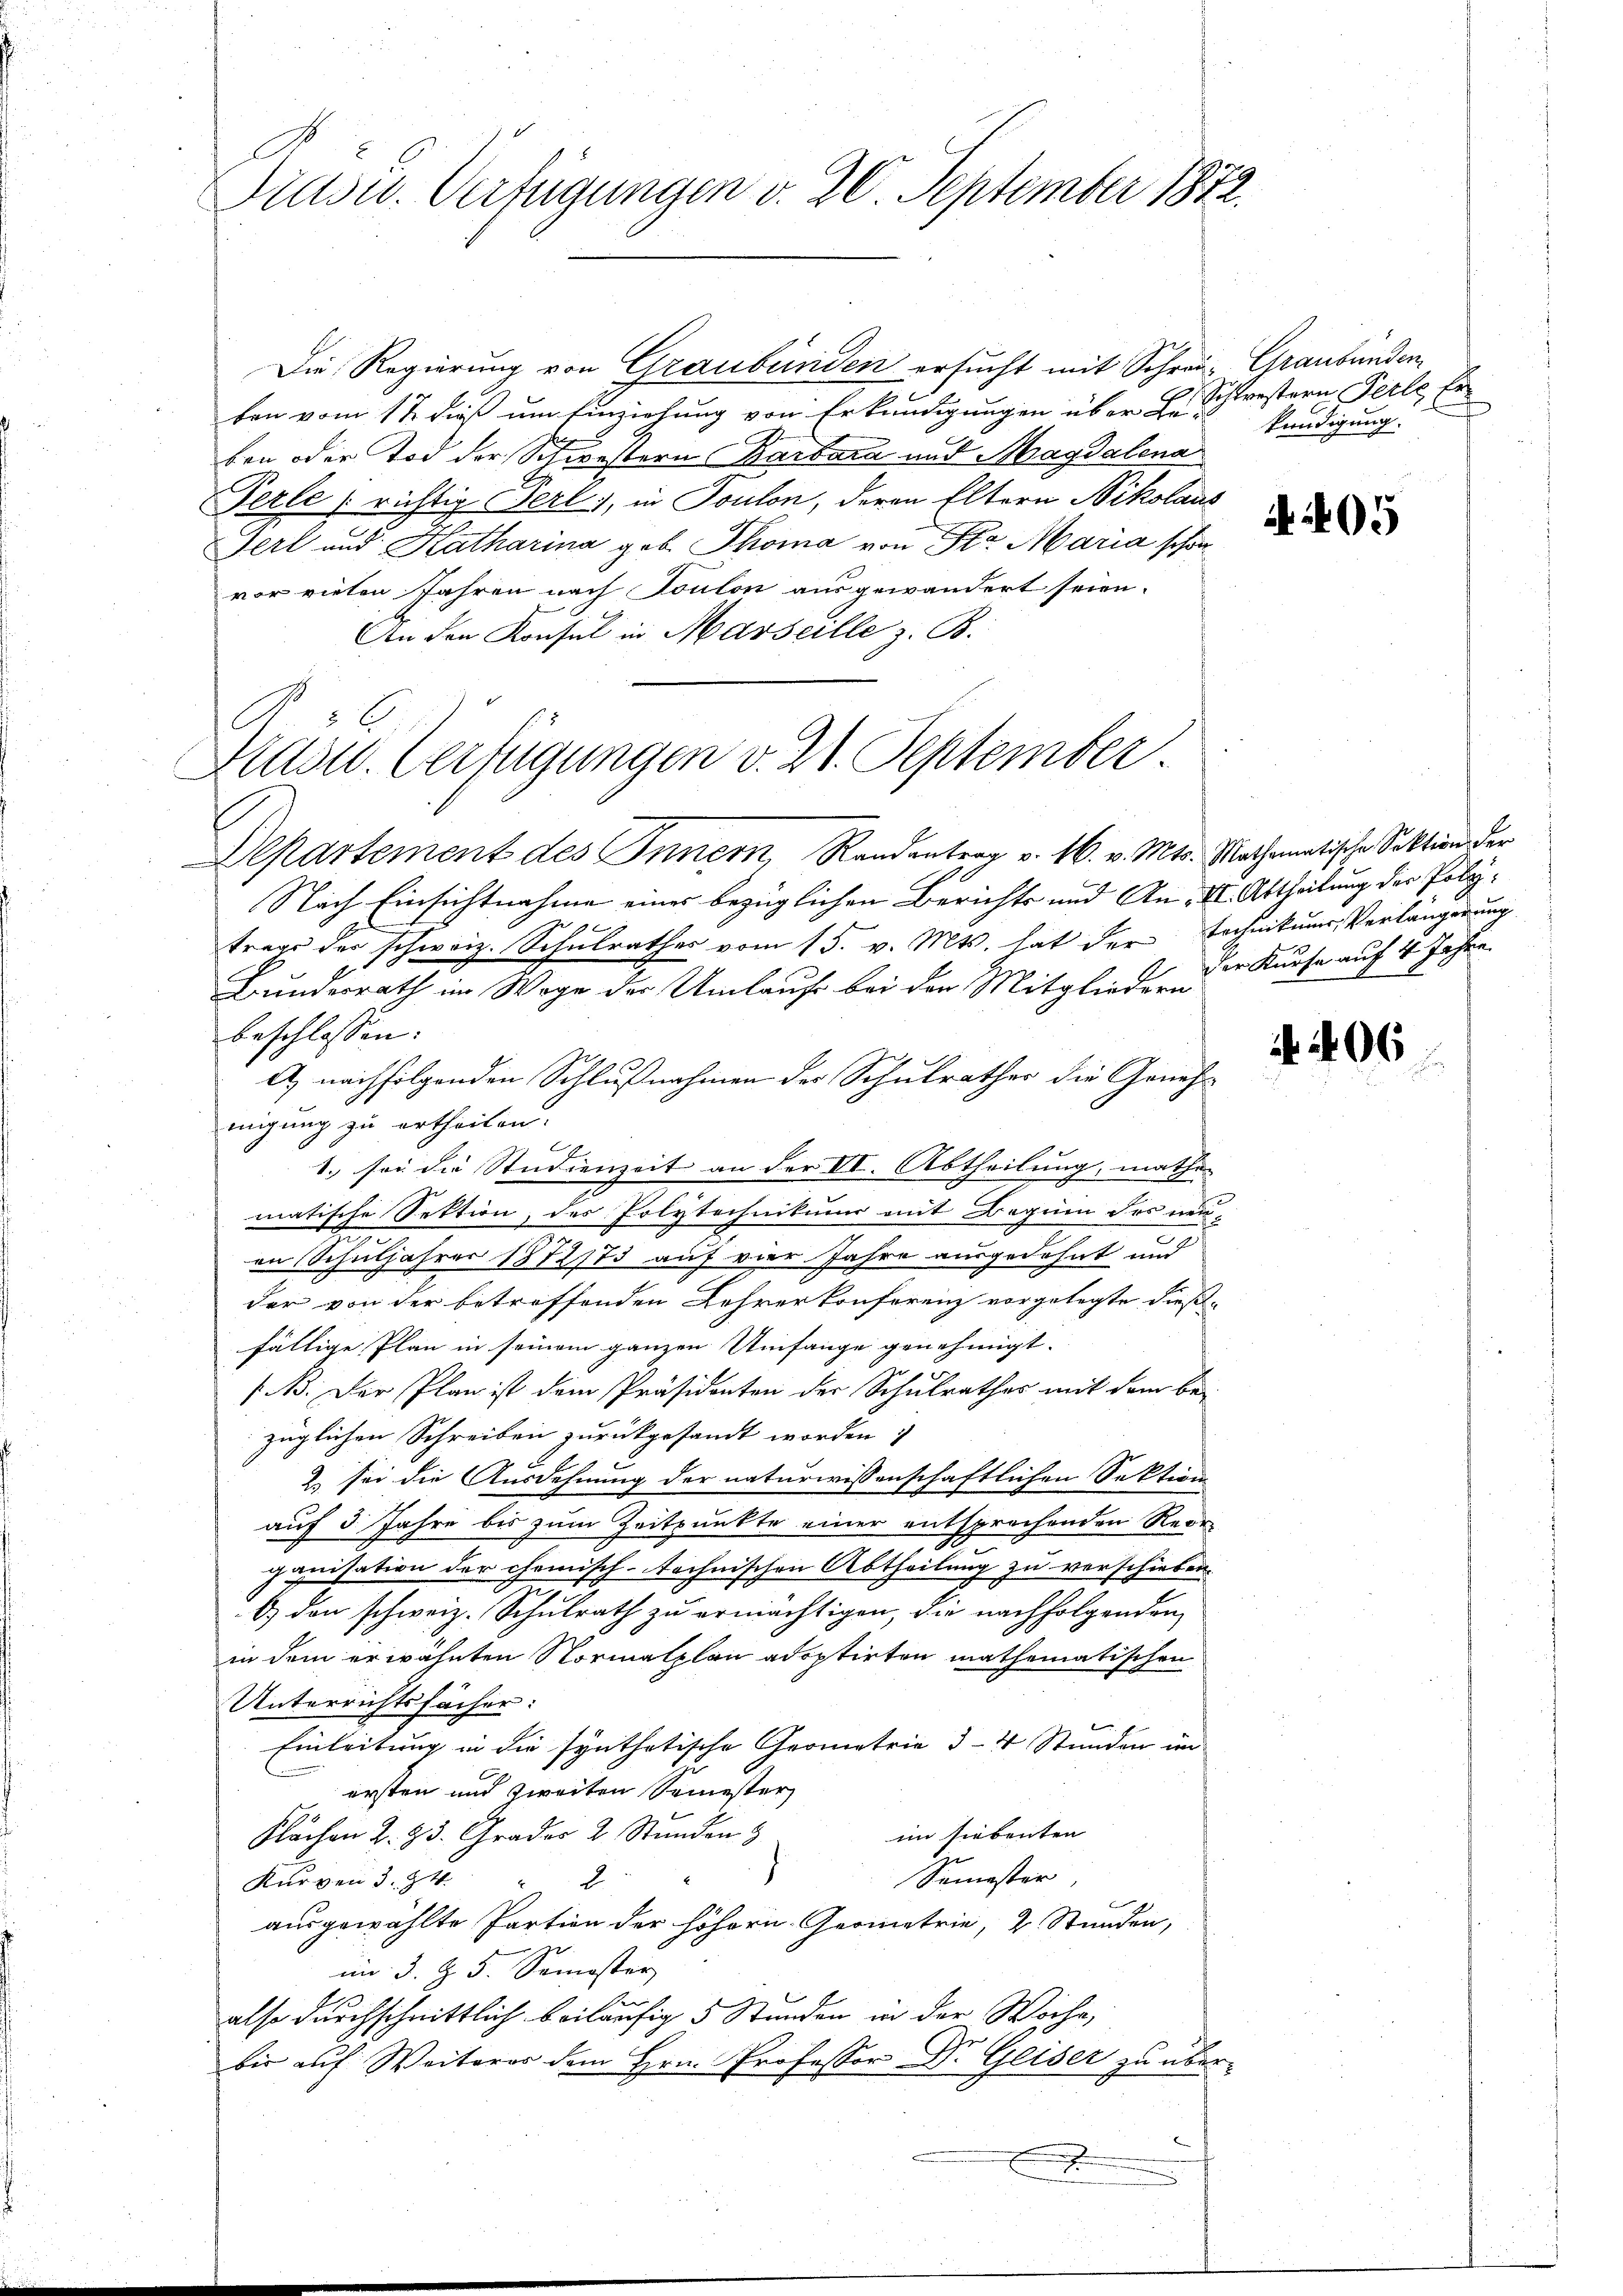
Diasu. Verfügungen v. 20. September 1872.

Die Regierung von Graubünden ersucht mit Schrei- Graubünden,
ben vom 12. dieß um Einziehung von Erkundigungen über Beu
ben oder Tod der Schwestern Barbara und Magdalena
Perle richtig Perl, in Toulon, deren Eltern Nikolaus
Gerl und Katharina geb. Thoma von Sr. Maria schon
vor vielen Jahren nach Toulon ausgewandert seien.
An den Konsul in Marseille z. B.
Departement des Inner, Randantrag v. 16. v. Mts. Mathematische Sektion der
Nach Einsichtnahme eines bezüglichen Berichts und An- II. Abtheilung der Poly¬
Koc
trage des schweiz. Schulrathes vom 15. v. Mts. hat der Tochnikums, Verlängerung
Bundesrath im Wage der Umlaufe bei den Mitglieder a v Kurse auf 4 Jahre
beschlossen:
A) nachfolgenden Schlußnahmen der Schulrathes die Genehmigung zu ertheilen.
1. sei die Studienzeit an der VI. Abtheilung, mathen
matische Sektion, des Polytechnikums mit Beguin des neu-
B
in Schuljahres 1872/73 auf vier Jahre ausgedehnt und
der von der betreffenden Lehrer konferenz vorgelegte dießfällige Plan in seinem ganzen Umfange genehmigt.
/B. Der Plan ist dem Präsidenten der Schulrathes mit dem be-
züglichen Schreiben zurückgesandt worden
2. sei die Ausdehnung der naturwissenschaftlichen Sektion
auf 3 Jahre bis zum Zeitpunkte einer entsprechenden Rede
ganisation der chemisch-technischen Abtheilung zu verschieben
1
6) den schweiz. Schulrath zu ermächtigen, die nachfolgenden
in dem erwähnten Normalplan adoptirten mathematischen
Unterrichtsfächer:
Einleitung in die synthetische Grometrie 3-4 Stunden un-
ersten und zweiten Semester
im siebenten
Flächen Z. 93. Grades 2 Stunden
.
Semester
Kurven 3. 94. " 2
ausgewählte Partion der höhern Geometrie, 2. Stunden,
im 3. Z. 5. Semester
also durchschnittlich beiläufig 5 Stunden in der Woche,
bis auf Weiteres dem Hrn. Professor Dr. Geiser zu über¬
.

R 32
Sass. Verfügungen v. 21. September.

Schlestern Perle Er
kündigung.

A 205

406